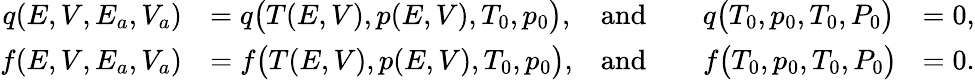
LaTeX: \begin{array}{rlrlr}{q(E,V,E_{a},V_{a})}&{=q\big(T(E,V),p(E,V),T_{0},p_{0}\big),}&{\mathrm{and}}&{\quad q\big(T_{0},p_{0},T_{0},P_{0}\big)}&{=0,}\\ {f(E,V,E_{a},V_{a})}&{=f\big(T(E,V),p(E,V),T_{0},p_{0}\big),}&{\mathrm{and}}&{\quad f\big(T_{0},p_{0},T_{0},P_{0}\big)\! }&{=0.}\end{array}